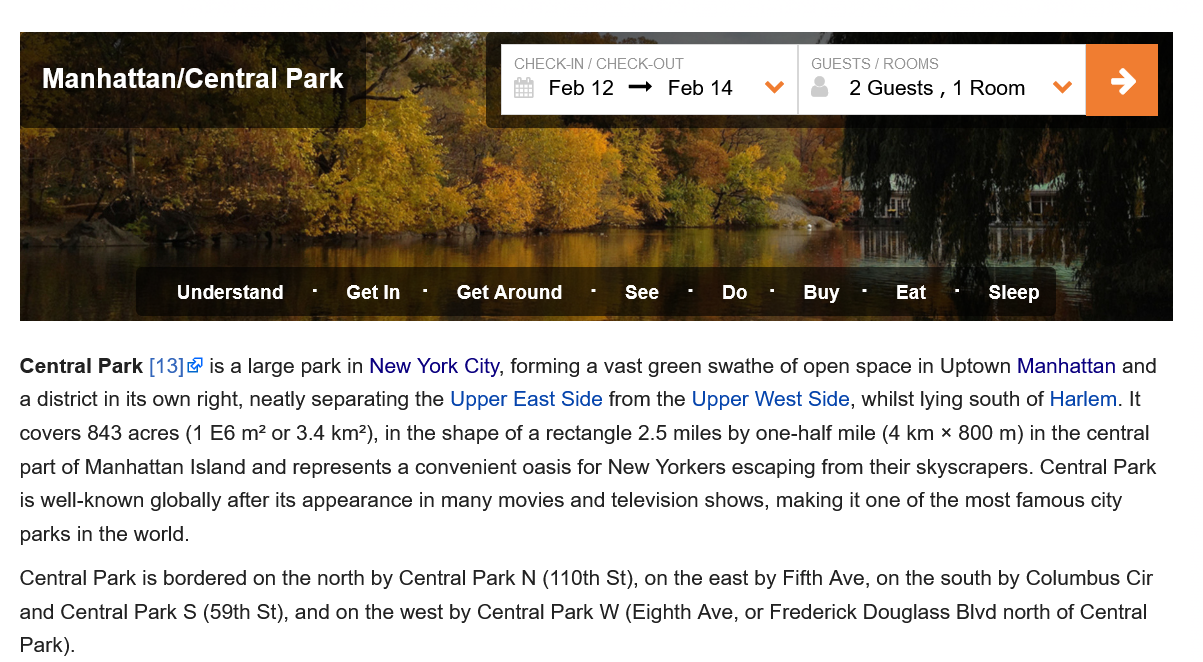
Manhattan/Central    Park

     CHECK-IN
     /
     CHECK-OUT    GUESTS
     /
     ROOMS
     Feb12   —  Feb14    Vv    2Guests,1  Room   VY

    Manhattan/Central    Park

     2 Guests
     ,
     1 Room
     PM
     Understand
     -
     Getin
     -
     GetAround
     -
     See
     -
     Do
     -
     Buy
     -
     Eat
     -
     Sleep
  Central Park [13] is a large park in New York City, forming a vast green swathe of open space in Uptown Manhattan and
  a district in its own right, neatly separating the Upper East Side from the Upper West Side, whilst lying south of Harlem. It
  covers 843 acres (1 E6 m? or 3.4 km?), in the shape of a rectangle 2.5 miles by one-half mile (4 km x 800 m) in the central
  part of Manhattan Island and represents a convenient oasis for New Yorkers escaping from their skyscrapers. Central Park
  is well-known globally after its appearance in many movies and television shows, making it one of the most famous city
  parks in the world.
  Central Park is bordered on the north by Central Park N (110th St), on the east by Fifth Ave, on the south by Columbus Cir
  and Central Park S (59th St), and on the west by Central Park W (Eighth Ave, or Frederick Douglass Blvd north of Central
  Park).